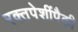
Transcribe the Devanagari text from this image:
रक्तपेशींपैकी